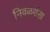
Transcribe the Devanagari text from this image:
निवळशंख